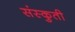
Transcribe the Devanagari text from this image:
संस्कुती